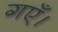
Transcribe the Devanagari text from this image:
गएँ।